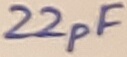
Text: 22pF